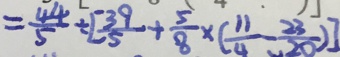
= \frac { 4 4 } { 5 } \div [ \frac { 3 9 } { 5 } + \frac { 5 } { 8 } \times ( \frac { 1 1 } { 4 } - \frac { 2 3 } { 2 0 } ) ]